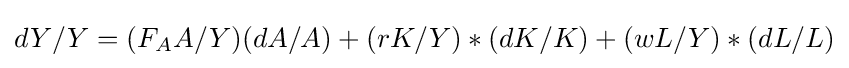
{dY}/{Y}=({F_{A}}A/{Y})({dA}/{A})+(r{K}/{Y})*({dK}/{K})+(w{L}/{Y})*({dL}/{L})